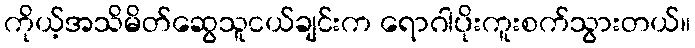
ကိုယ့်အသိမိတ်ဆွေသူငယ်ချင်းက ရောဂါပိုးကူးစက်သွားတယ်။